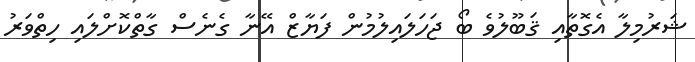
ޝަރުމިލާ އެގޮތާއި ޤަބޫލުވެ ބޯ ޖަހަލައިލުމުން ފަޔާޒް އޭނާ ގެެނެސް ގާތްކޮށްލައި ހިތްވަރު